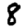
Digit: 8